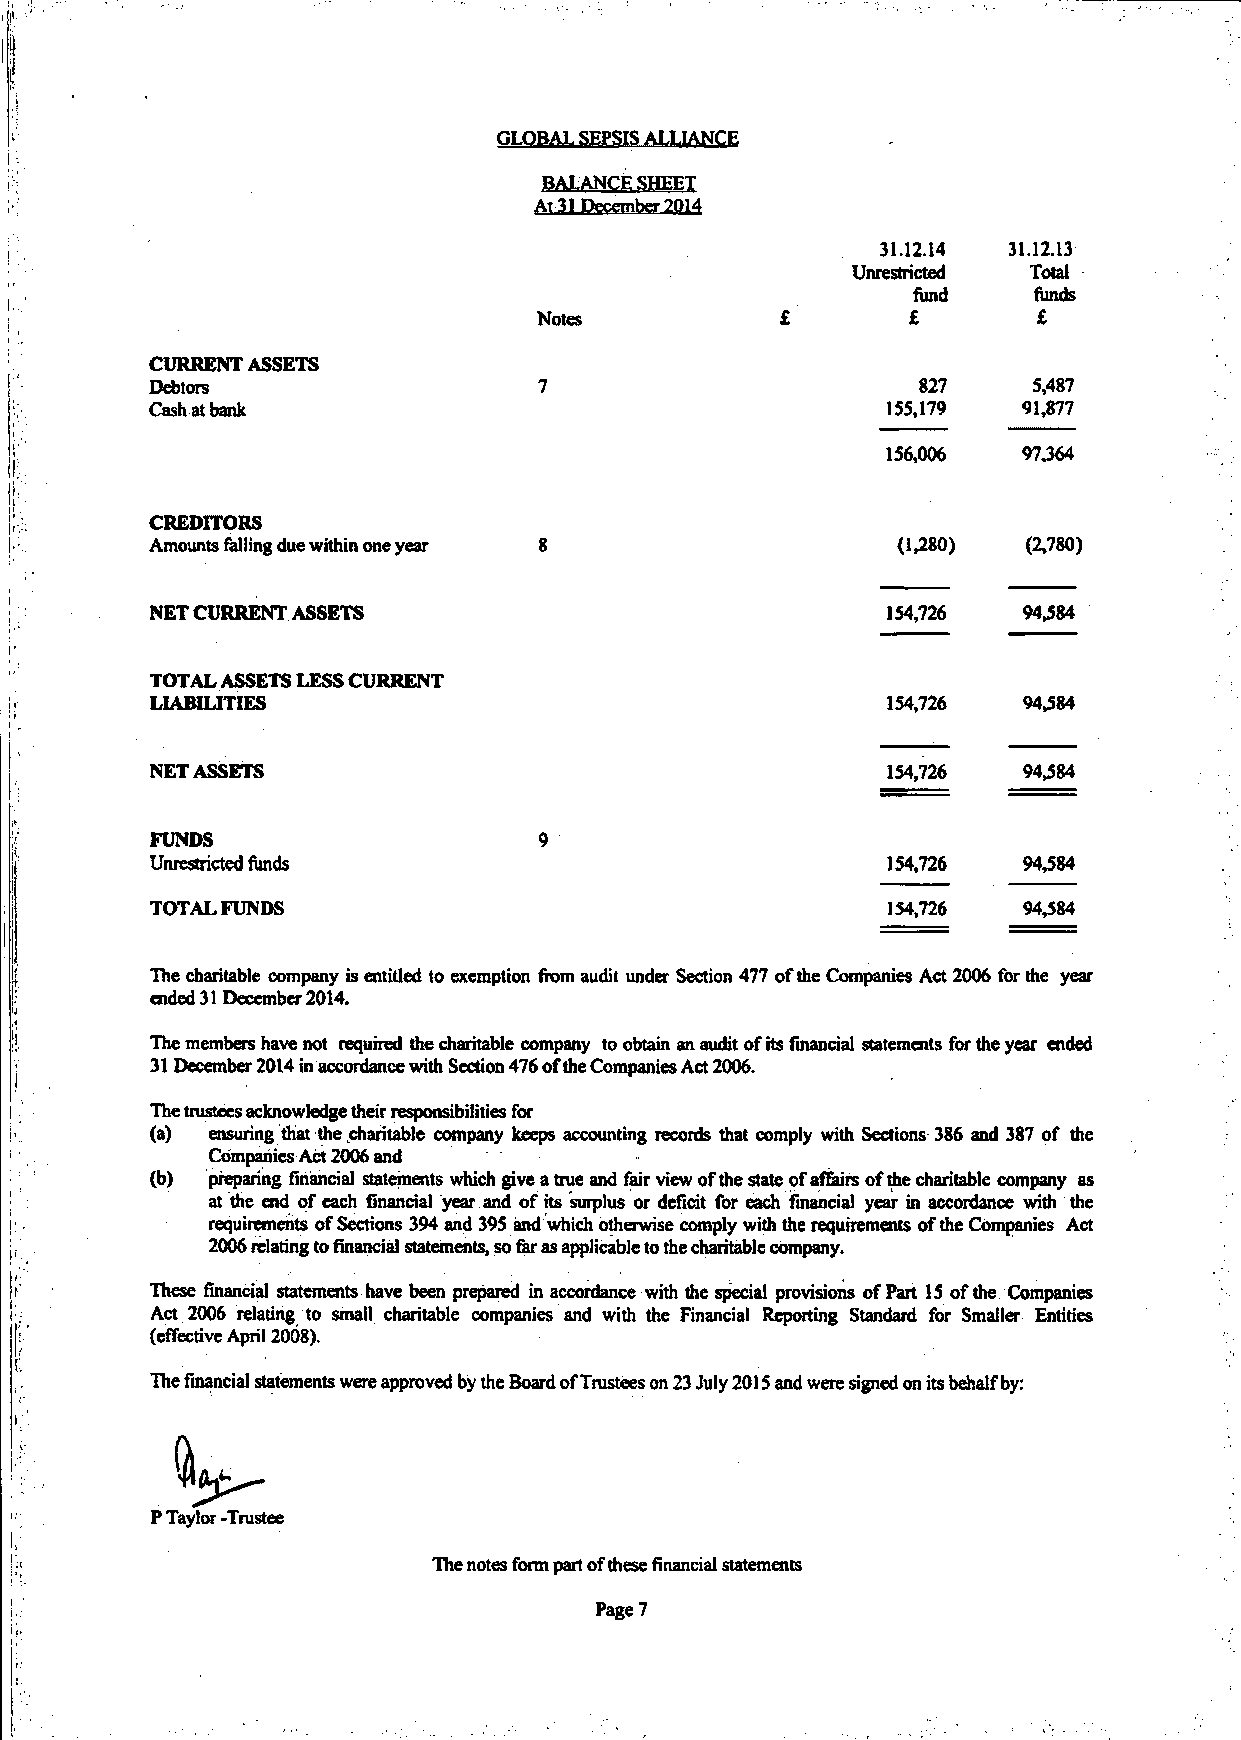
GLOBAL SEPSIS ALLIANCE
 BALANCE SHEET
 AT 31 December 2014
 31.12.14 31.12.13
 Unrestricted Total
 fund    funds
 Notes                   £        £
 CURRENT ASSETS
 Debtors                                            827    5,487
 Cash at bank                                     155,179  91,877
 156,006  97364
 CREDITORS
 Amounts falling due within one year              (130)    (2,780)
 NET CURRENT ASSETS                               154,726  94,584
 TOTAL ASSETS LESS CURRENT
 LIABILITIES                                      154,726  94,584
 NET ASSETS                                       154,726  94,584
 FUNDS
 154,726  94,584
 Unrestricted funds
 154,726  94,584
 TOTALFUNDS
 The charitable company is entided to exemption from audit under Section 477 of the Companies Act 2006 for the year
 ended 31 December 2014.
 The members have not required the charitable company to obtain an audit of its financial statements for the year ended
 31 December 2014 in accordance with Section 476 of the Companies Act 2006.
 The trustees acknowledge their responsibilities for
 (a) ensuring that the charitable company keeps accounting records that comply with Sections 386 and 387 of the
 Companies Act 2006 and
 (b) preparing financial statements which give a true and fair view of the state of affairs of the charitable company as
 at we end of each financial year and of its surplus or deficit for each financial year in accordance with the
 requirements of Sections 394 and 395 and which otherwise comply with the requirements of the Companies Act
 2006 relating to financial statements, so far as applicable to the charitable company.
 These financial statements have been prepared in accordance with the special provisions of Part 15 of the Companies
 Act 2006 relating to small charitable companies and with the Financial Reporting Standard for Smaller Entities
 (etTective April 2008).
 The financial statements were approved by the Board of Trustees on 23 July 2015 and were signed on its behalf by:
 P Taylor -Trustee
 The notes form part of these tinancial statements
 Page 7